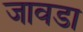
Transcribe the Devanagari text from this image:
जावडा